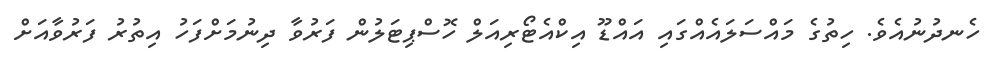
ހެނދުނުއެވެ. ހިތުގެ މައްސަލައެއްގައި އައްޑޫ އިކްއެޓޯރިއަލް ހޮސްޕިޓަލުން ފަރުވާ ދިނުމަށްފަހު އިތުރު ފަރުވާއަށް